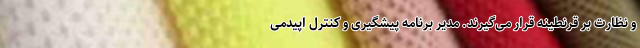
و نظارت بر قرنطینه قرار می‌گیرند. مدیر برنامه پیشگیری و کنترل اپیدمی